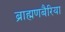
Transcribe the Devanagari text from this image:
ब्राह्मणबैरिया